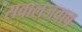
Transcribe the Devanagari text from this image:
सवालजवाब